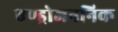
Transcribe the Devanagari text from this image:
एण्ड्रोजननिक